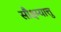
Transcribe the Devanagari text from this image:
सौक्ष्म्यात्तु